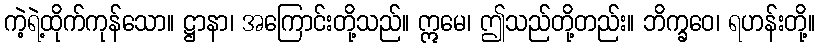
ကဲ့ရဲ့ထိုက်ကုန်သော။ ဋ္ဌာနာ၊ အကြောင်းတို့သည်။ ဣမေ၊ ဤသည်တို့တည်း။ ဘိက္ခဝေ၊ ရဟန်းတို့။